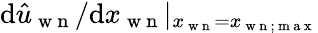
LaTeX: \mathrm{d}\hat{u}_{\mathrm{~w~n~}}/\mathrm{d}x_{\mathrm{~w~n~}}|_{x_{\mathrm{~w~n~}}=x_{\mathrm{~w~n~};\mathrm{~m~a~x~}}}